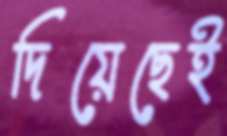
দিয়েছেই